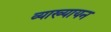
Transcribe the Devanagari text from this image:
व्याख्यायन